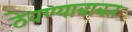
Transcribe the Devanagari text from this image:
ठेवण्याबाबत